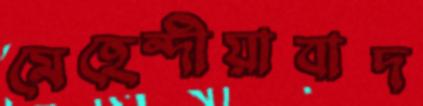
মেহেন্দীয়াবাদ